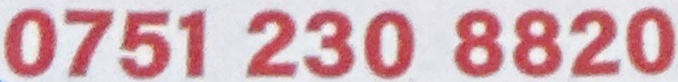
0751 230 8820